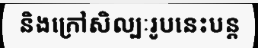
និងក្រៅសិល្បៈរូបនេះបន្ត